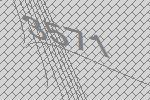
3571